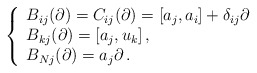
\begin{align*}\left\{\begin{array}{l}B_{ij}(\partial)=C_{ij}(\partial)=[a_j,a_i]+\delta_{ij}\partial\,\\B_{kj}(\partial)=[a_j,u_k]\,,\\B_{Nj}(\partial)=a_j\partial\,.\end{array}\right.\end{align*}